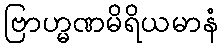
ဗြာဟ္မဏမိရိယမာနံ